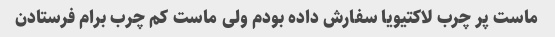
ماست پر چرب لاکتیویا سفارش داده بودم ولی ماست کم چرب برام فرستادن